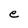
Character: e